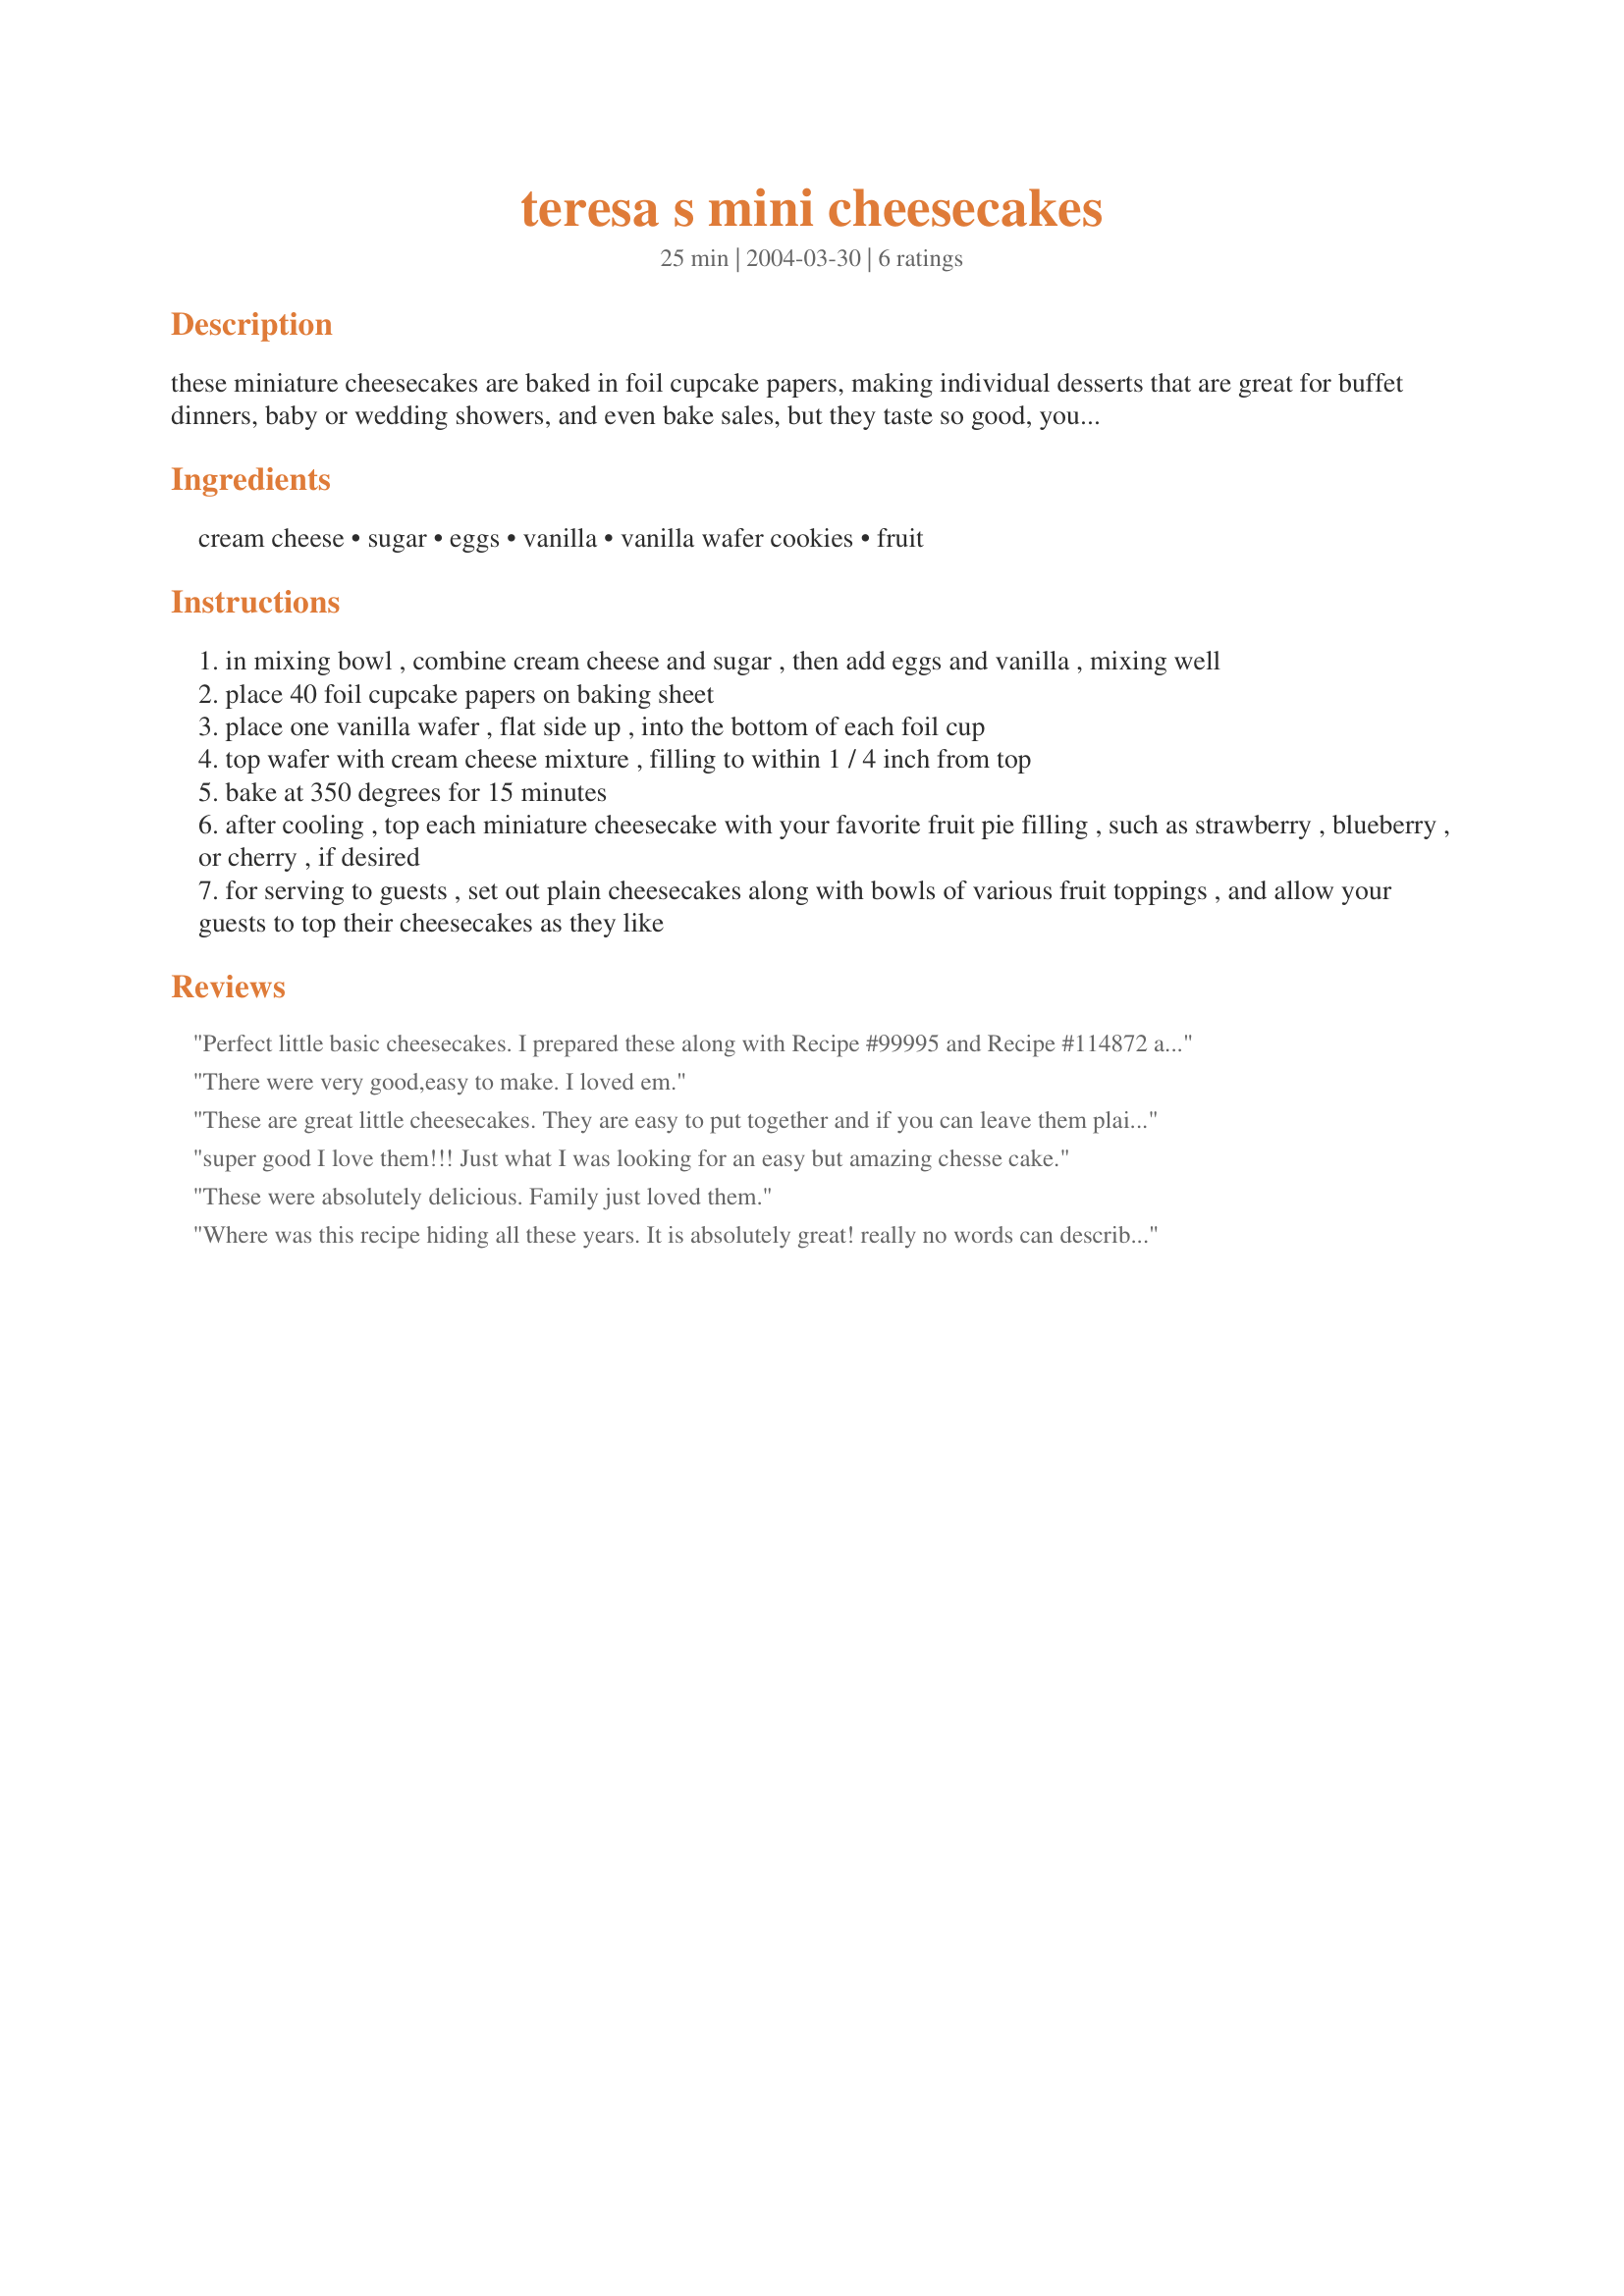
teresa s mini cheesecakes
Preparation time: 25 minutes

these miniature cheesecakes are baked in foil cupcake papers, making individual desserts that are great for buffet dinners, baby or wedding showers, and even bake sales, but they taste so good, you might just want to keep them all to yourself!!

Ingredients:
cream cheese, sugar, eggs, vanilla, vanilla wafer cookies, fruit

Steps:
in mixing bowl , combine cream cheese and sugar , then add eggs and vanilla , mixing well
place 40 foil cupcake papers on baking sheet
place one vanilla wafer , flat side up , into the bottom of each foil cup
top wafer with cream cheese mixture , filling to within 1 / 4 inch from top
bake at 350 degrees for 15 minutes
after cooling , top each miniature cheesecake with your favorite fruit pie filling , such as strawberry , blueberry , or cherry , if desired
for serving to guests , set out plain cheesecakes along with bowls of various fruit toppings , and allow your guests to top their cheesecakes as they like

Reviews:
Perfect little basic cheesecakes. I prepared these along with Recipe #99995 and Recipe #114872 all in mini form for a friend's birthday celebration. These were topped with cherry pie filling and were very well received.
There were very good,easy to make. I loved em.
These are great little cheesecakes. They are easy to put together and if you can leave them plain, you can put out a couple of different types of fruit toppings and let your guest fix them up the way they want.
super good I love them!!! Just what I was looking for an easy but amazing chesse cake.
These were absolutely delicious. Family just loved them.
 Where was this recipe hiding all these years. It is absolutely great! really no words can describe it. the only thing I did different is I chopped up the vanilla wafers and put 2tbls on the bottom, I found the wafers to be to small. thank you thank you.
